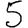
Digit: 5